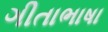
ગીતાભાષા